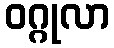
ဝဂ္ဂုလာ